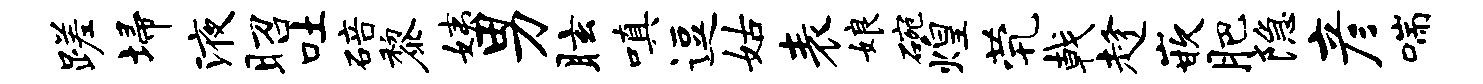
蹉埽液昭吐碚黎姨男眩嗔逗姑表娘碗煌茕戟趁嵌肥隐彦喘